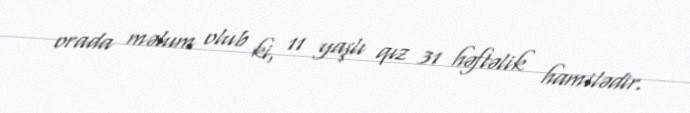
orada məlum olub ki, 11 yaşlı qız 31 həftəlik hamilədir.